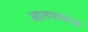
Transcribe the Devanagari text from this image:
बालपणाचा